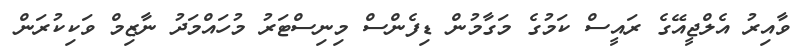
ވާއިރު އެލްޖީއޭގެ ރައީސް ކަމުގެ މަގާމުން ޑިފެންސް މިިނިސްޓަރު މުހައްމަދު ނާޒިމް ވަކިކުރަން